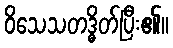
ဝိသေသတဒ္ဓိတ်ပြီး၏။